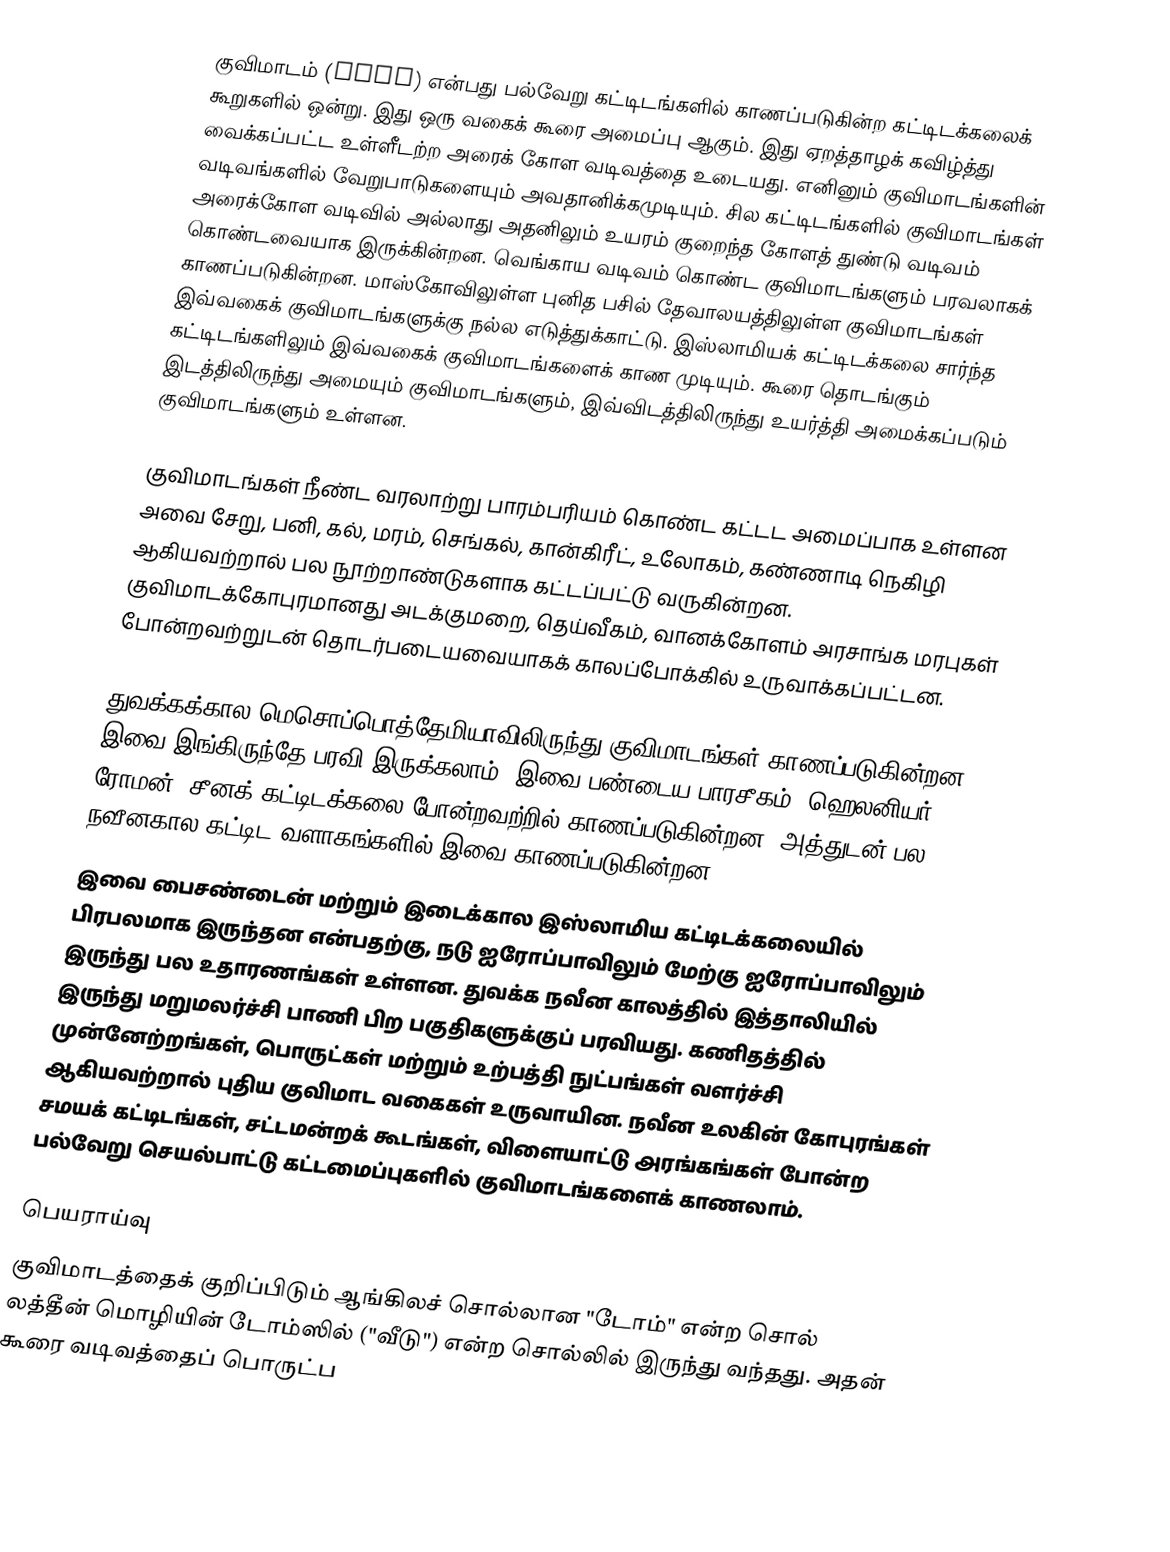
குவிமாடம் (dome) என்பது பல்வேறு கட்டிடங்களில் காணப்படுகின்ற கட்டிடக்கலைக் கூறுகளில் ஒன்று. இது ஒரு வகைக் கூரை அமைப்பு ஆகும். இது ஏறத்தாழக் கவிழ்த்து வைக்கப்பட்ட உள்ளீடற்ற அரைக் கோள வடிவத்தை உடையது. எனினும் குவிமாடங்களின் வடிவங்களில் வேறுபாடுகளையும் அவதானிக்கமுடியும். சில கட்டிடங்களில் குவிமாடங்கள் அரைக்கோள வடிவில் அல்லாது அதனிலும் உயரம் குறைந்த கோளத் துண்டு வடிவம் கொண்டவையாக இருக்கின்றன. வெங்காய வடிவம் கொண்ட குவிமாடங்களும் பரவலாகக் காணப்படுகின்றன. மாஸ்கோவிலுள்ள புனித பசில் தேவாலயத்திலுள்ள குவிமாடங்கள் இவ்வகைக் குவிமாடங்களுக்கு நல்ல எடுத்துக்காட்டு. இஸ்லாமியக் கட்டிடக்கலை சார்ந்த கட்டிடங்களிலும் இவ்வகைக் குவிமாடங்களைக் காண முடியும். கூரை தொடங்கும் இடத்திலிருந்து அமையும் குவிமாடங்களும், இவ்விடத்திலிருந்து உயர்த்தி அமைக்கப்படும் குவிமாடங்களும் உள்ளன.

குவிமாடங்கள் நீண்ட வரலாற்று பாரம்பரியம் கொண்ட கட்டட அமைப்பாக உள்ளன அவை சேறு, பனி, கல், மரம், செங்கல், கான்கிரீட், உலோகம், கண்ணாடி நெகிழி ஆகியவற்றால் பல நூற்றாண்டுகளாக கட்டப்பட்டு வருகின்றன. குவிமாடக்கோபுரமானது அடக்குமறை, தெய்வீகம், வானக்கோளம் அரசாங்க மரபுகள் போன்றவற்றுடன் தொடர்படையவையாகக் காலப்போக்கில் உருவாக்கப்பட்டன.

துவக்கக்கால மெசொப்பொத்தேமியாவிலிருந்து குவிமாடங்கள் காணப்படுகின்றன, இவை இங்கிருந்தே பரவி இருக்கலாம். இவை பண்டைய பாரசீகம், ஹெலனியர், ரோமன், சீனக் கட்டிடக்கலை போன்றவற்றில் காணப்படுகின்றன,  அத்துடன் பல நவீனகால கட்டிட வளாகங்களில் இவை காணப்படுகின்றன.
இவை பைசண்டைன் மற்றும் இடைக்கால இஸ்லாமிய கட்டிடக்கலையில் பிரபலமாக இருந்தன என்பதற்கு, நடு ஐரோப்பாவிலும் மேற்கு ஐரோப்பாவிலும் இருந்து பல உதாரணங்கள் உள்ளன. துவக்க நவீன காலத்தில் இத்தாலியில் இருந்து மறுமலர்ச்சி பாணி பிற பகுதிகளுக்குப் பரவியது. கணிதத்தில் முன்னேற்றங்கள், பொருட்கள் மற்றும் உற்பத்தி நுட்பங்கள் வளர்ச்சி ஆகியவற்றால் புதிய குவிமாட வகைகள் உருவாயின. நவீன உலகின் கோபுரங்கள் சமயக் கட்டிடங்கள், சட்டமன்றக் கூடங்கள், விளையாட்டு அரங்கங்கள் போன்ற பல்வேறு செயல்பாட்டு கட்டமைப்புகளில் குவிமாடங்களைக் காணலாம்.

பெயராய்வு
குவிமாடத்தைக் குறிப்பிடும் ஆங்கிலச் சொல்லான "டோம்" என்ற சொல் லத்தீன் மொழியின் டோம்ஸில் ("வீடு") என்ற சொல்லில் இருந்து வந்தது. அதன் கூரை வடிவத்தைப் பொருட்ப